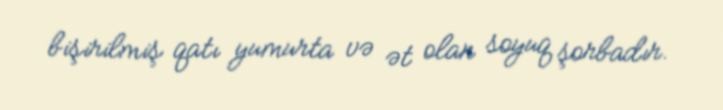
bişirilmiş qatı yumurta və ət olan soyuq şorbadır.